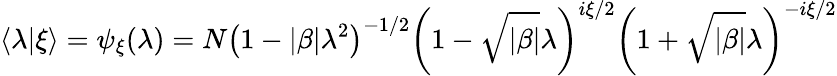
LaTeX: \langle\lambda\vert\xi\rangle=\psi_{\xi}(\lambda)=N\left(1-\vert\beta\vert\lambda^{2}\right)^{-1/2}\left(1-\sqrt{\vert\beta\vert}\lambda\right)^{i\xi/2}\left(1+\sqrt{\vert\beta\vert}\lambda\right)^{-i\xi/2}